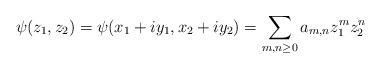
LaTeX: \begin{align*}\psi(z_1,z_2) = \psi(x_1+iy_1,x_2+iy_2) = \sum_{m,n\geq 0} a_{m,n} z_1^m z_2^n\end{align*}